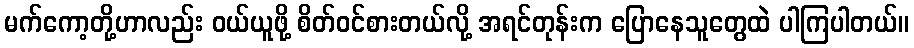
မက်ကော့တို့ဟာလည်း ဝယ်ယူဖို့ စိတ်ဝင်စားတယ်လို့ အရင်တုန်းက ပြောနေသူတွေထဲ ပါကြပါတယ်။